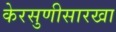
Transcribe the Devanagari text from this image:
केरसुणीसारखा